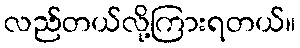
လည်တယ်လို့ကြားရတယ်။